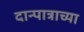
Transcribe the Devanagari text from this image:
दान्पात्राच्या